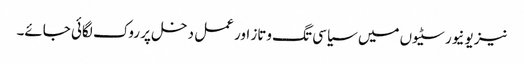
نیز یونیورسٹیوں میں سیاسی تگ وتاز اور عمل دخل پر روک لگائی جائے۔